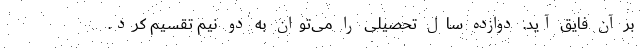
بر آن فایق آید. دوازده سال تحصیلی را می‌توان به دو نیم تقسیم کرد.